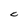
Character: C